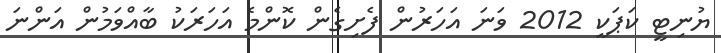
ޔުނިޓީ ކަޕަކީ 2012 ވަނަ އަހަރުން ފެށިގެން ކޮންމެ އަހަރަކު ބާއްވަމުން އަންނަ